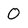
Character: 0